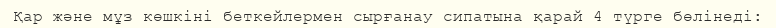
Қар және мұз көшкіні беткейлермен сырғанау сипатына қарай 4 түрге бөлінеді: